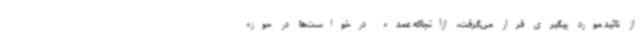
از تائید مورد پیگیری قرار می‌گرفت، ازآنجاکه عمده درخواست‌ها در حوزه